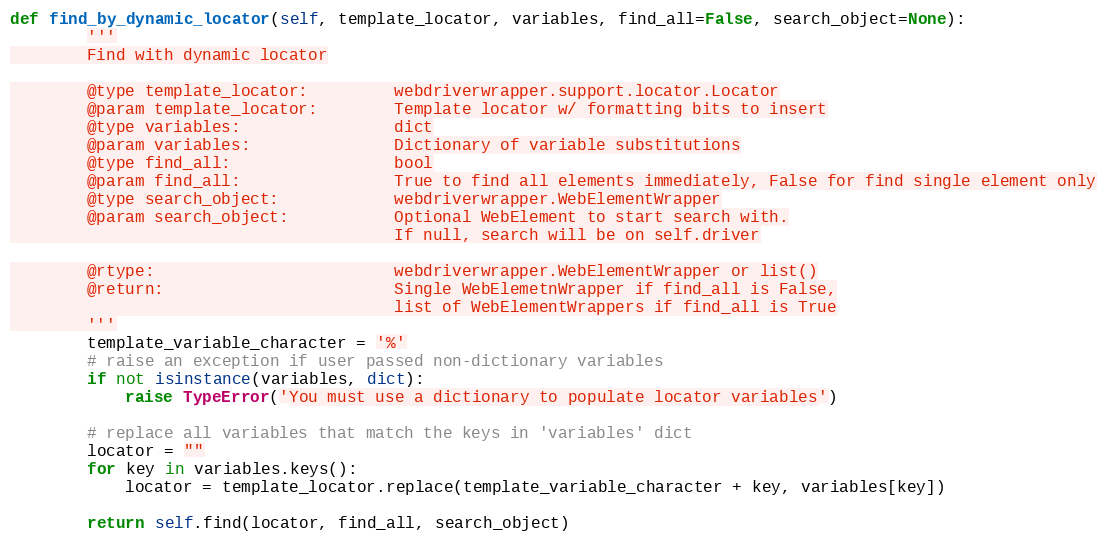
Language: Python
def find_by_dynamic_locator(self, template_locator, variables, find_all=False, search_object=None):
        '''
        Find with dynamic locator

        @type template_locator:         webdriverwrapper.support.locator.Locator
        @param template_locator:        Template locator w/ formatting bits to insert
        @type variables:                dict
        @param variables:               Dictionary of variable substitutions
        @type find_all:                 bool
        @param find_all:                True to find all elements immediately, False for find single element only
        @type search_object:            webdriverwrapper.WebElementWrapper
        @param search_object:           Optional WebElement to start search with.
                                        If null, search will be on self.driver

        @rtype:                         webdriverwrapper.WebElementWrapper or list()
        @return:                        Single WebElemetnWrapper if find_all is False,
                                        list of WebElementWrappers if find_all is True
        '''
        template_variable_character = '%'
        # raise an exception if user passed non-dictionary variables
        if not isinstance(variables, dict):
            raise TypeError('You must use a dictionary to populate locator variables')

        # replace all variables that match the keys in 'variables' dict
        locator = ""
        for key in variables.keys():
            locator = template_locator.replace(template_variable_character + key, variables[key])

        return self.find(locator, find_all, search_object)